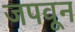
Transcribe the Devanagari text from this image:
जपवून